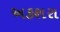
અકશરા